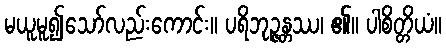
မယူမူ၍သော်လည်းကောင်း။ ပရိဘုဉ္ဇန္တဿ၊ ၏။ ပါစိတ္တိယံ။